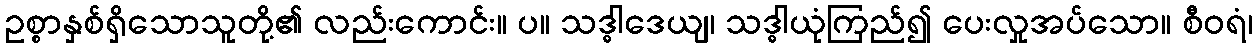
ဥစ္စာနှစ်ရှိသောသူတို့၏ လည်းကောင်း။ ပ။ သဒ္ဓါဒေယျ၊ သဒ္ဓါယုံကြည်၍ ပေးလှုအပ်သော။ စီဝရံ၊